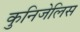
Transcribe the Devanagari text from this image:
कुनिजेलिस